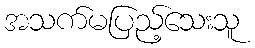
အသက်မပြည့်သေးသူ